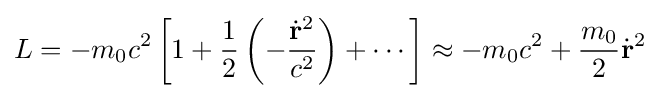
L=-m_{0}c^{2}\left[1+{\frac {1}{2}}\left(-{\frac {{\dot {\mathbf {r} }}^{2}}{c^{2}}}\right)+\cdots \right]\approx -m_{0}c^{2}+{\frac {m_{0}}{2}}{\dot {\mathbf {r} }}^{2}